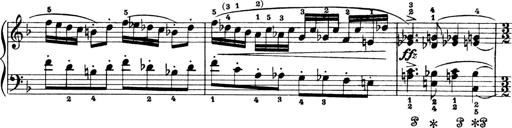
Title: 4 Sonatines
Composer: Max Reger